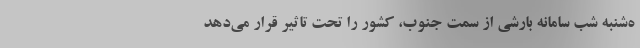
ه‌شنبه شب سامانه بارشی از سمت جنوب، کشور را تحت تاثیر قرار می‌دهد